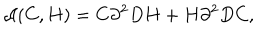
{ \cal A } ( C , H ) = C \partial ^ { 2 } D H + H \partial ^ { 2 } D C ,